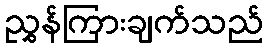
ညွှန်ကြားချက်သည်